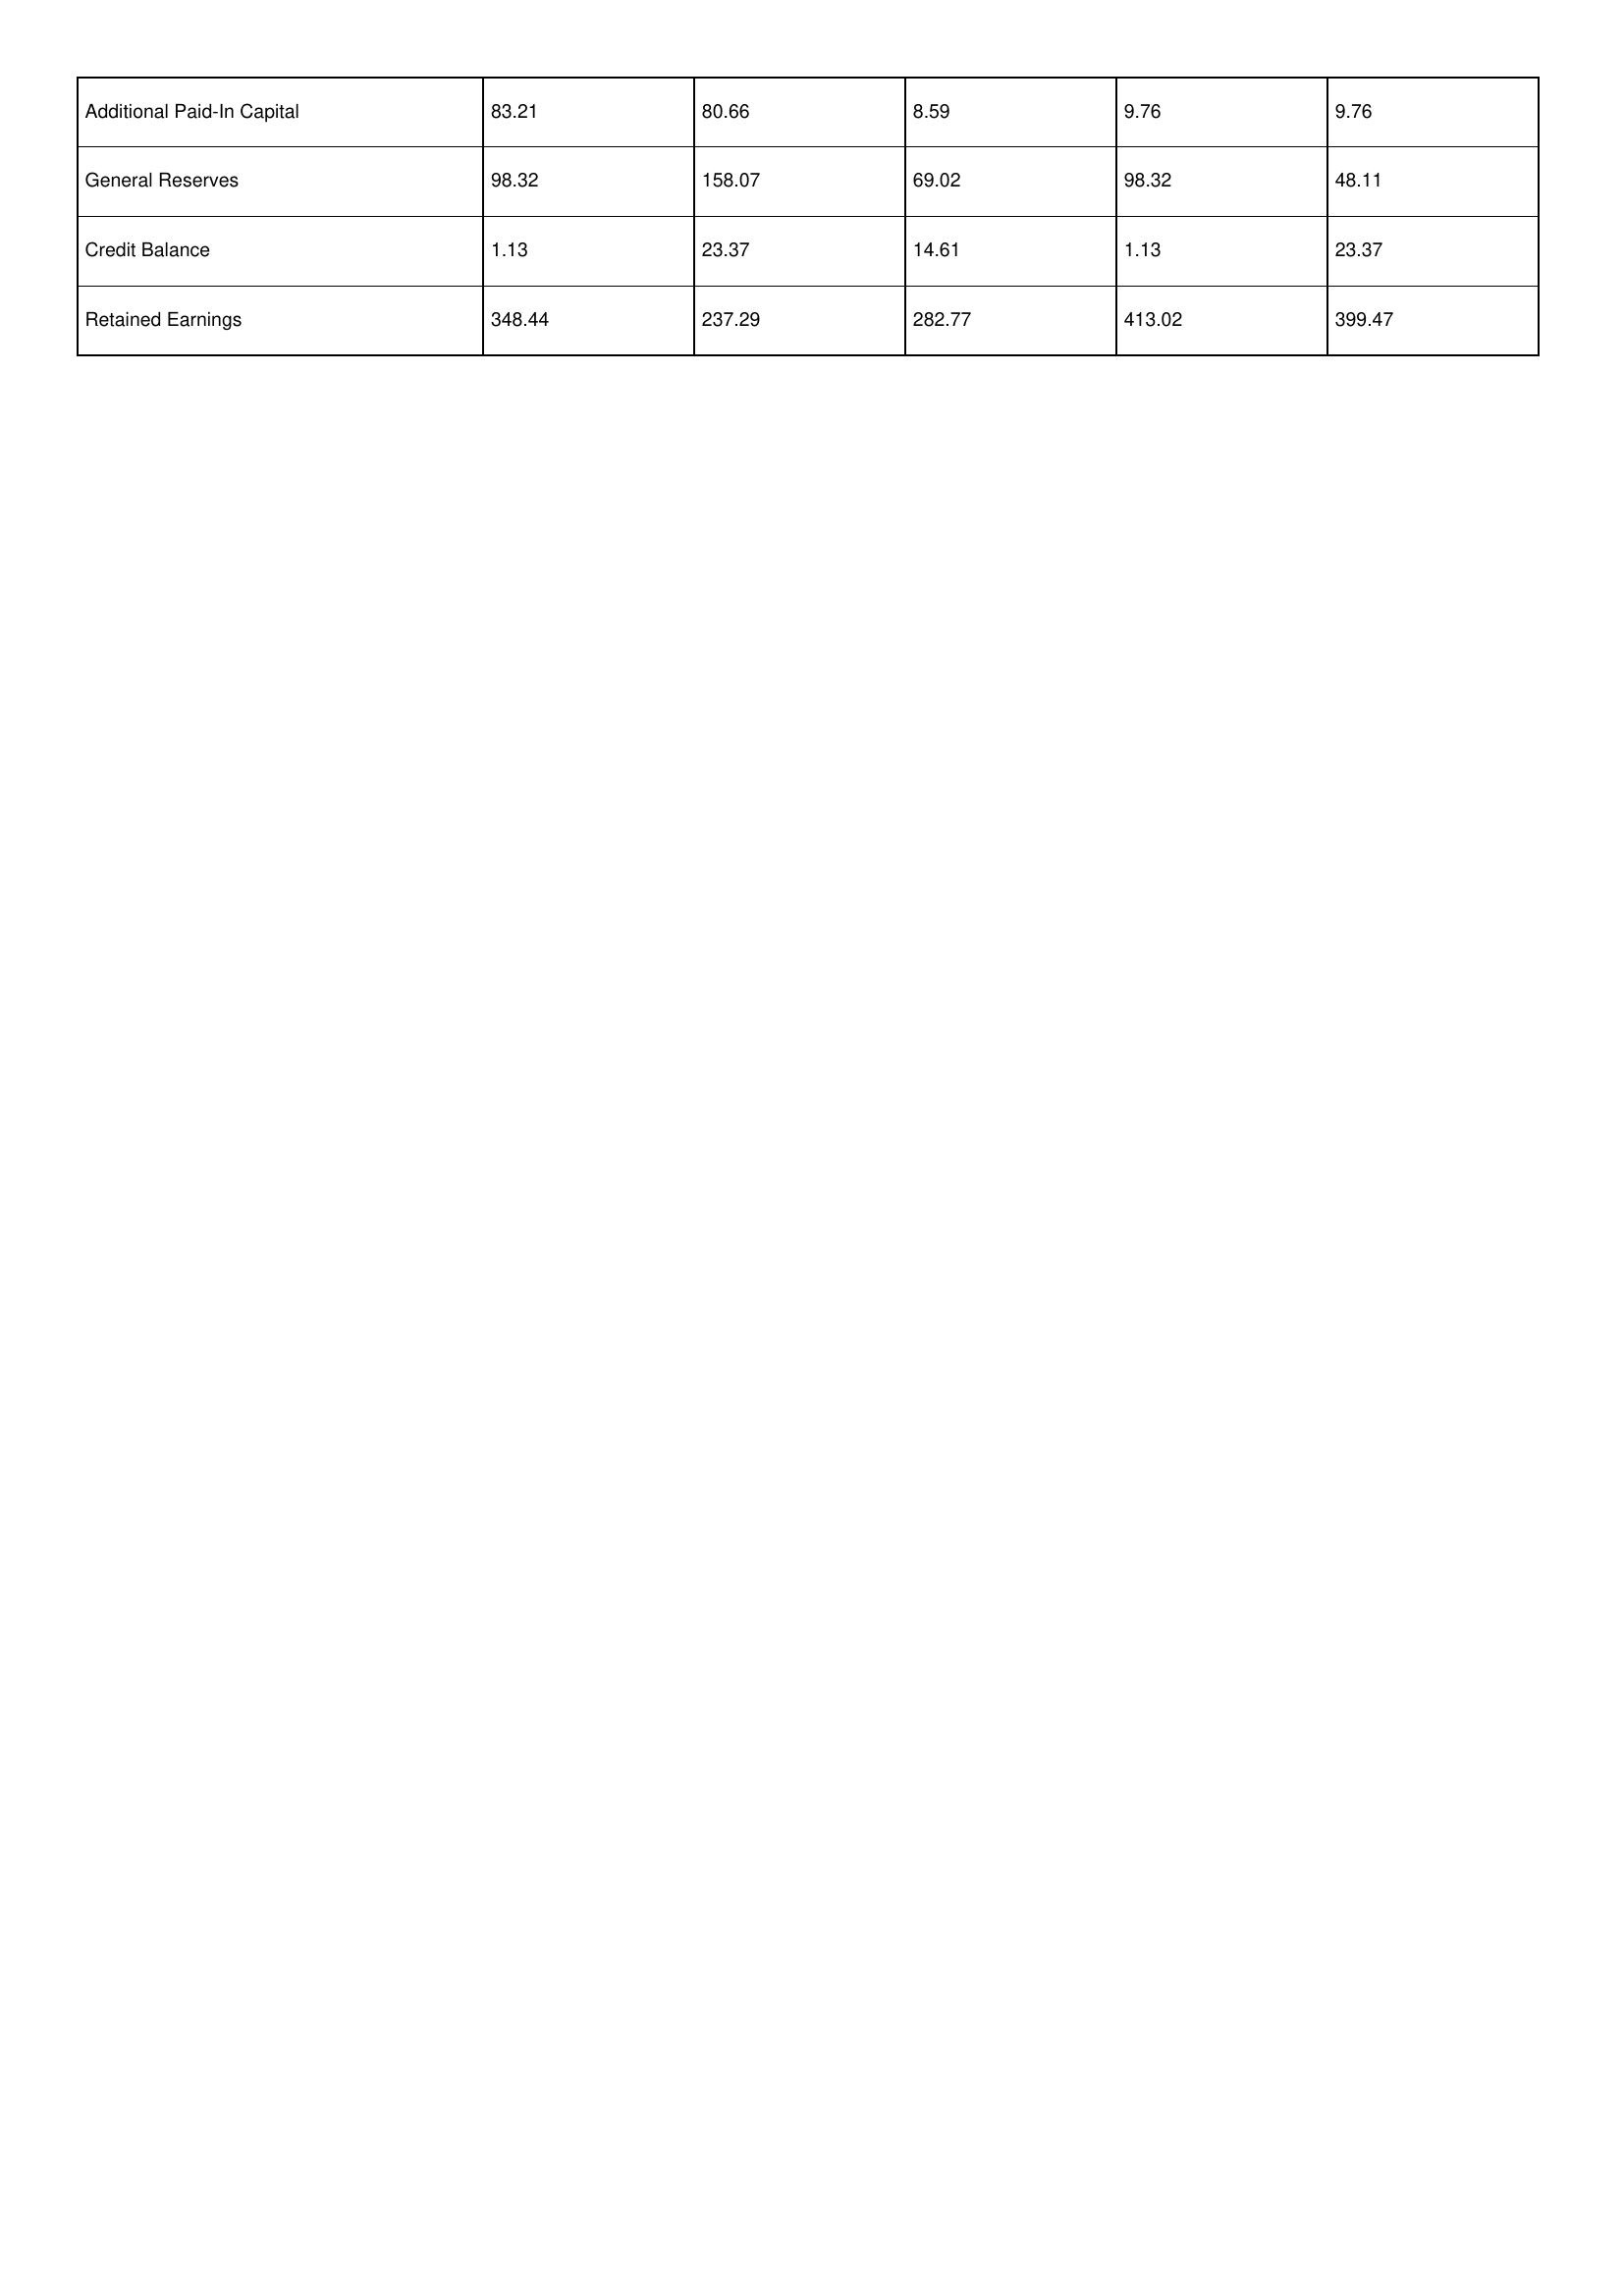
gt_parse: 2013: Additional Paid-In Capital: 83.21
General Reserves: 98.32
Credit Balance: 1.13
Retained Earnings: 348.44
2012: Additional Paid-In Capital: 80.66
General Reserves: 158.07
Credit Balance: 23.37
Retained Earnings: 237.29
2011: Additional Paid-In Capital: 8.59
General Reserves: 69.02
Credit Balance: 14.61
Retained Earnings: 282.77
2010: Additional Paid-In Capital: 9.76
General Reserves: 98.32
Credit Balance: 1.13
Retained Earnings: 413.02
2009: Additional Paid-In Capital: 9.76
General Reserves: 48.11
Credit Balance: 23.37
Retained Earnings: 399.47